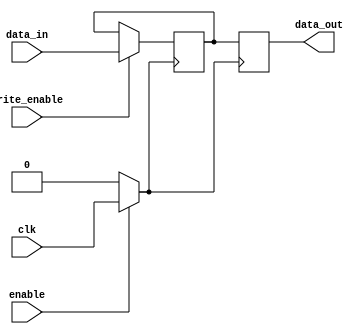
module clock_gated_memory (
    input wire clk,           // Input clock signal
    input wire enable,        // Enable signal for clock gating
    input wire [7:0] data_in, // Data input for memory
    input wire write_enable,   // Write enable signal
    output reg [7:0] data_out  // Data output from memory
);

    // Memory array (for example, 256 x 8-bit SRAM)
    reg [7:0] memory [0:255];

    // Gated clock signal
    wire gated_clk;

    // Clock gating logic
    assign gated_clk = enable ? clk : 1'b0;

    // Memory write operation
    always @(posedge gated_clk) begin
        if (write_enable) begin
            // Write data to memory
            memory[0] <= data_in; // Example: writing to address 0
        end
    end

    // Memory read operation
    always @(posedge gated_clk) begin
        // Read data from memory
        data_out <= memory[0]; // Example: reading from address 0
    end

endmodule